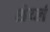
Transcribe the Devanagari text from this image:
शेर्य्ल